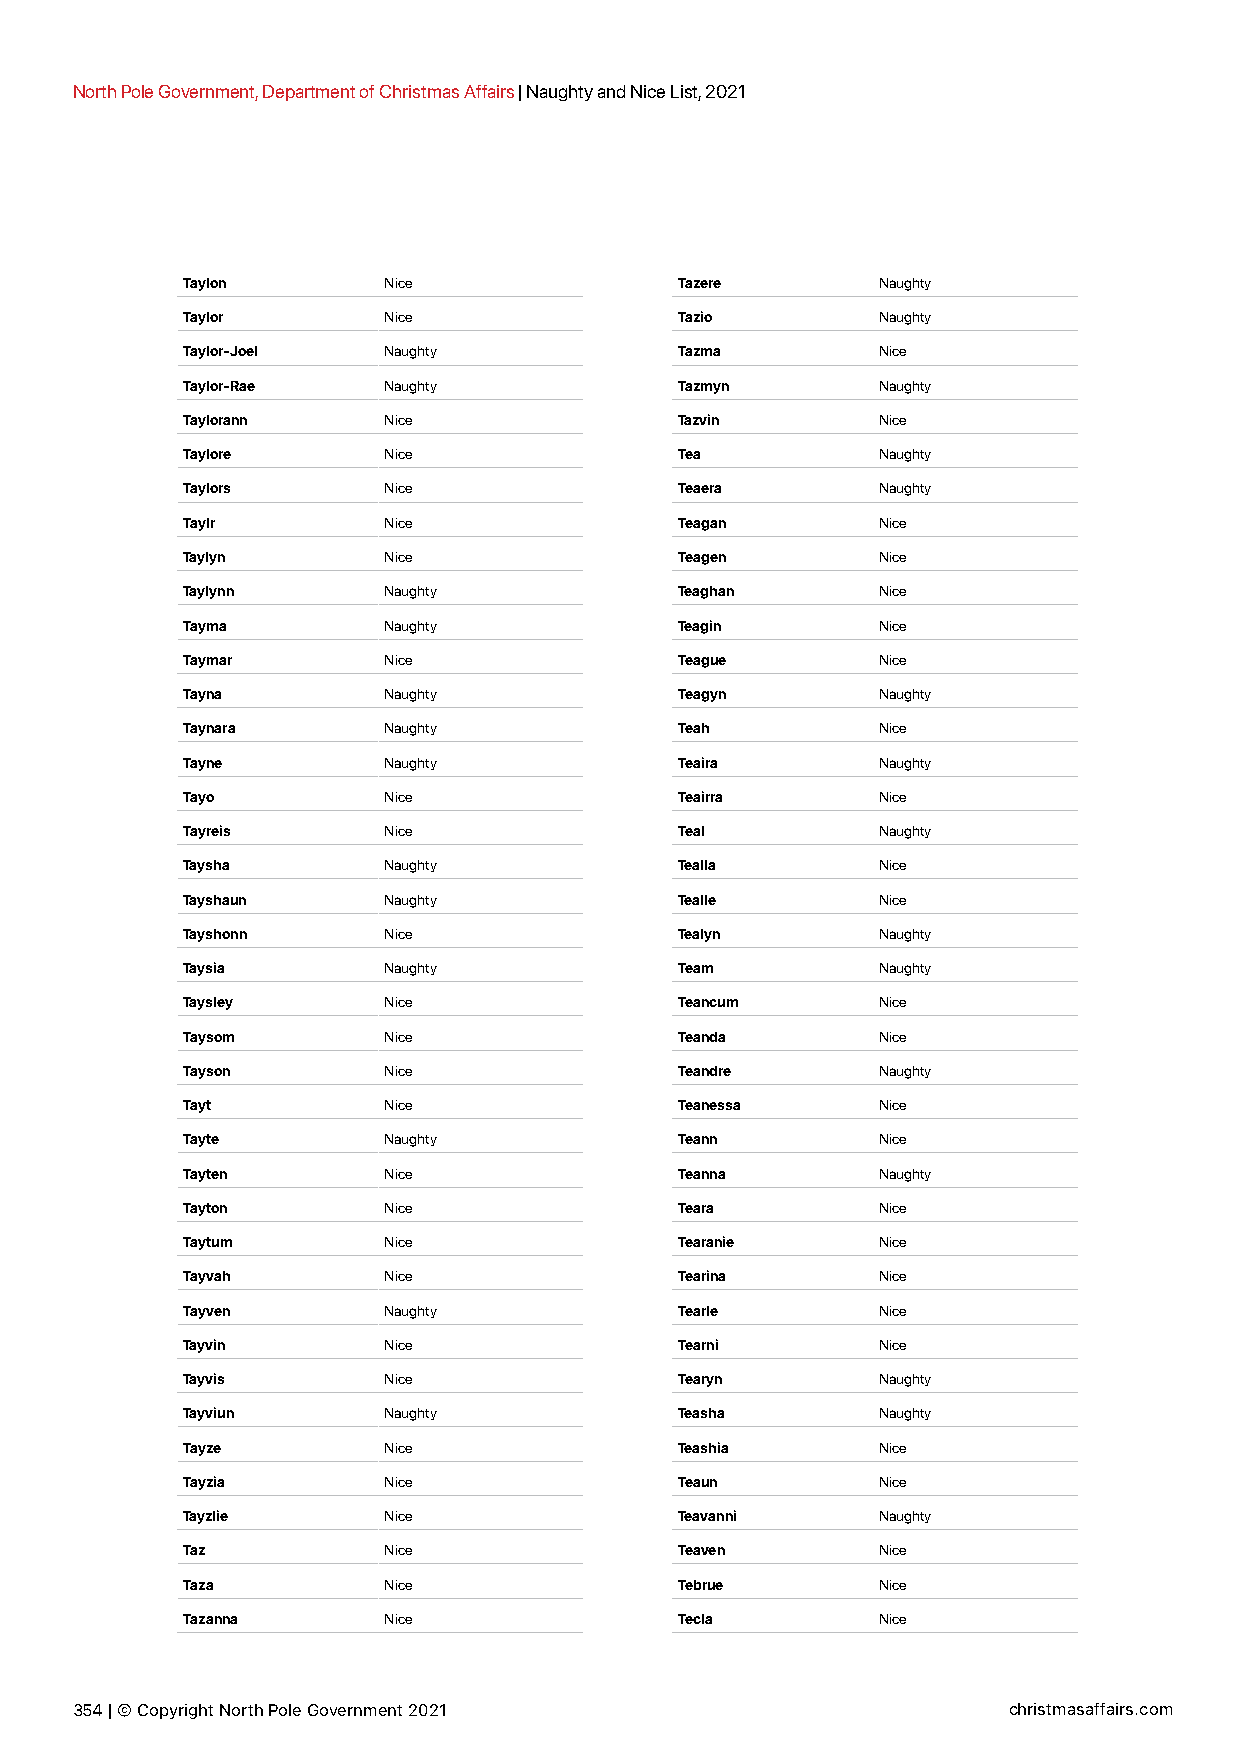
North Pole Government, Department of Christmas Affairs | Naughty and Nice List, 2021
 Taylon       Nice                Tazere       Naughty
 Taylor       Nice                Tazio        Naughty
 Taylor-Joel  Naughty             Tazma        Nice
 Taylor-Rae   Naughty             Tazmyn       Naughty
 Taylorann    Nice                Tazvin       Nice
 Taylore      Nice                Tea          Naughty
 Taylors      Nice                Teaera       Naughty
 Taylr        Nice                Teagan       Nice
 Taylyn       Nice                Teagen       Nice
 Taylynn      Naughty             Teaghan      Nice
 Tayma        Naughty             Teagin       Nice
 Taymar       Nice                Teague       Nice
 Tayna        Naughty             Teagyn       Naughty
 Taynara      Naughty             Teah         Nice
 Tayne        Naughty             Teaira       Naughty
 Tayo         Nice                Teairra      Nice
 Tayreis      Nice                Teal         Naughty
 Taysha       Naughty             Tealla       Nice
 Tayshaun     Naughty             Tealle       Nice
 Tayshonn     Nice                Tealyn       Naughty
 Taysia       Naughty             Team         Naughty
 Taysley      Nice                Teancum      Nice
 Taysom       Nice                Teanda       Nice
 Tayson       Nice                Teandre      Naughty
 Tayt         Nice                Teanessa     Nice
 Tayte        Naughty             Teann        Nice
 Tayten       Nice                Teanna       Naughty
 Tayton       Nice                Teara        Nice
 Taytum       Nice                Tearanie     Nice
 Tayvah       Nice                Tearina      Nice
 Tayven       Naughty             Tearle       Nice
 Tayvin       Nice                Tearni       Nice
 Tayvis       Nice                Tearyn       Naughty
 Tayviun      Naughty             Teasha       Naughty
 Tayze        Nice                Teashia      Nice
 Tayzia       Nice                Teaun        Nice
 Tayzlie      Nice                Teavanni     Naughty
 Taz          Nice                Teaven       Nice
 Taza         Nice                Tebrue       Nice
 Tazanna      Nice                Tecla        Nice
 354 | © Copyright North Pole Government 2021                  christmasaffairs.com